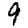
Digit: 9